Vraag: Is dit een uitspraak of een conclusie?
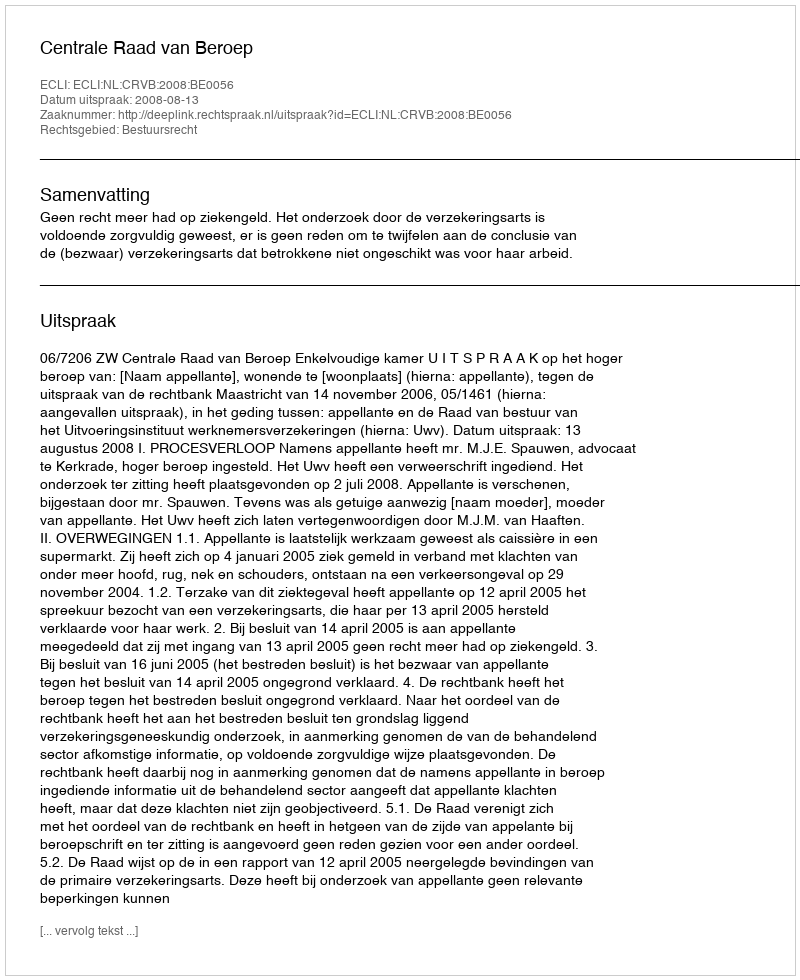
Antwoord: Uitspraak